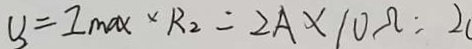
V _ { 2 } = I _ { \max } \times R _ { 2 } = 2 A \times 1 0 \Omega = 2 0